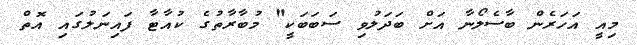
މިއީ އަހަރެން ބާސެލޯނާ އަށް ބަދަލުވި ސަބަބަކީ" މުބާރާތުގެ ކުއާޓާ ފައިނަލުގައި އޮތް